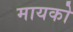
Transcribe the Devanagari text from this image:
मायको